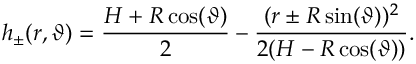
h _ { \pm } ( r , \vartheta ) = \frac { H + R \cos ( \vartheta ) } { 2 } - \frac { ( r \pm R \sin ( \vartheta ) ) ^ { 2 } } { 2 ( H - R \cos ( \vartheta ) ) } .